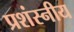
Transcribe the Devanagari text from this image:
प्रशंस्नीय